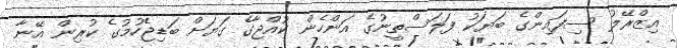
އިޒްރޭލު ސިފައިންގެ ބަޔަކު ފަލަސްތީނުގެ އަންހެން ކުއްޖާގެ ގަޔަށް ބަޑިޖެހުމުގެ ކުރިން އޭނާ